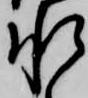
承